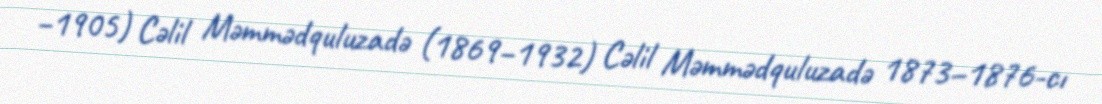
−1905) Cəlil Məmmədquluzadə (1869–1932) Cəlil Məmmədquluzadə 1873–1876-cı